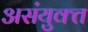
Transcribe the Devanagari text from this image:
असंयुक्‍त